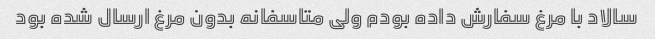
سالاد با مرغ سفارش داده بودم ولی متاسفانه بدون مرغ ارسال شده بود